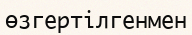
өзгертілгенмен